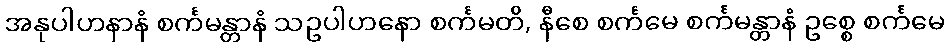
အနုပါဟနာနံ စင်္ကမန္တာနံ သဥပါဟနော စင်္ကမတိ, နီစေ စင်္ကမေ စင်္ကမန္တာနံ ဥစ္စေ စင်္ကမေ